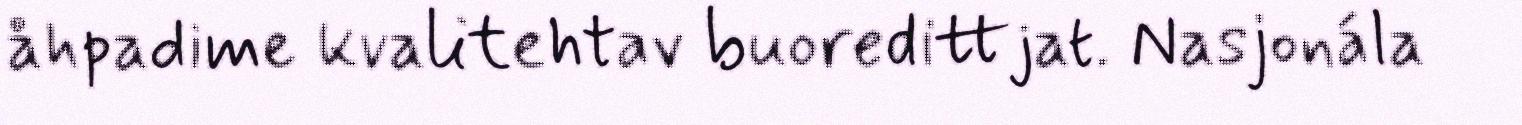
åhpadime kvalitehtav buoredittjat. Nasjonála